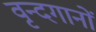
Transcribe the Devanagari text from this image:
वृन्दगानों